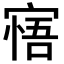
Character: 𡩺